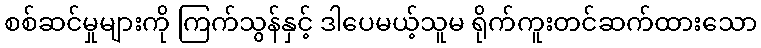
စစ်ဆင်မှုများကို ကြက်သွန်နှင့် ဒါပေမယ့်သူမ ရိုက်ကူးတင်ဆက်ထားသော